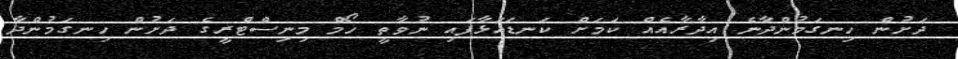
ދަށުން ހިނގަމުންދާނެ އިދާރާއެއް ކަމަށް ކަނޑައަޅާފައި ނުވާތީ ހޯމް މިނިސްޓްރީގެ ދަށުން ހިނގަމުންދާ